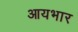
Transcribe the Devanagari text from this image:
आयभार